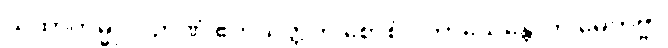
ယထာကမ္မုပဂဉာဏံ ဧကသတ္တတိ စောစံ ပကာသေန္တောတိ မေတဗ္ဗာ